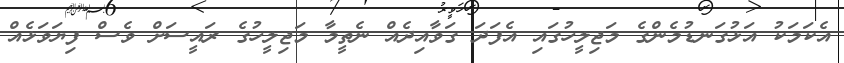
އެކަމަކު އަޅުގަނޑުމެންގެ މަޖިލީހުގައި އެފަދަ ގަވާއިދެއް ނެތީމާ މަޖިލީހުގެ ރައީސަށް ވެސް ފިޔަވަޅެއް